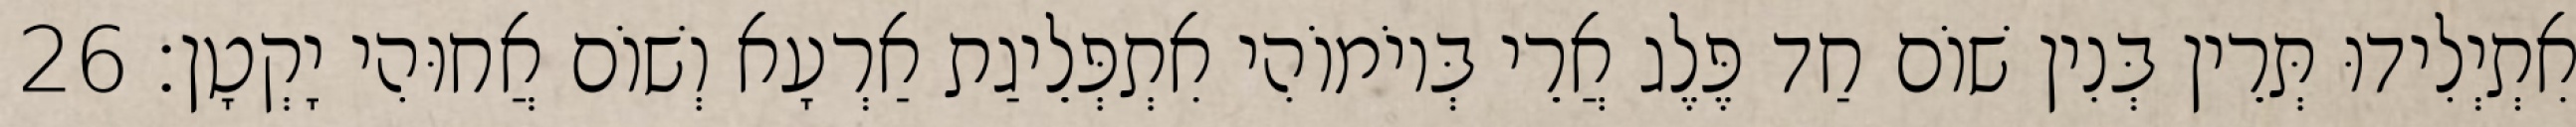
אִתְיְלִידוּ תְּרֵין בְּנִין שׁוֹם חַד פֶּלֶג אֲרֵי בְּיוֹמוֹהִי אִתְפְּלֵיגַת אַרְעָא וְשׁוֹם אֲחוּהִי יָקְטָן׃ 26